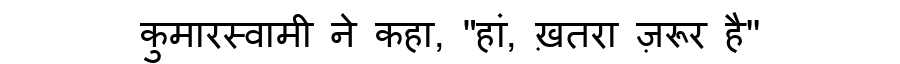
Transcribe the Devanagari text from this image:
कुमारस्वामी ने कहा, "हां, ख़तरा ज़रूर है''